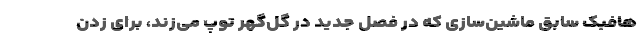
هافبک سابق ماشین‌سازی که در فصل جدید در گل‌گهر توپ می‌زند، برای زدن